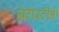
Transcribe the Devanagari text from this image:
अगस्टीनो